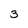
Character: 3